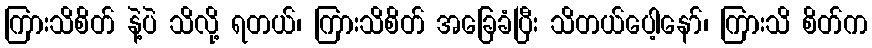
ကြားသိစိတ် နဲ့ပဲ သိလို့ ရတယ်၊ ကြားသိစိတ် အခြေခံပြီး သိတယ်ပေါ့နော်၊ ကြားသိ စိတ်က